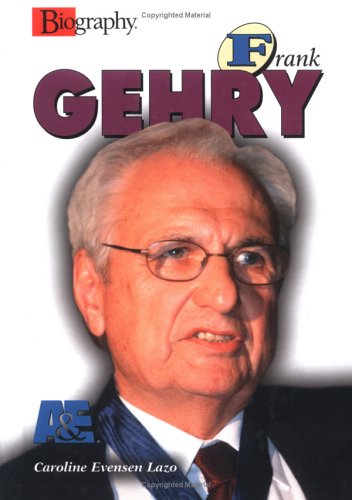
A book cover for Frank Gehry (Biography (Lerner Hardcover)); Caroline Evensen Lazo; Teen & Young Adult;